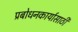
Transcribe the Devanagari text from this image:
प्रबोधनकार्यासाठी